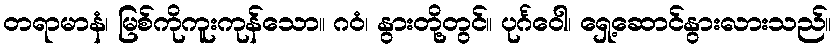
တရာမာနံ၊ မြစ်ကိုကူးကုန်သော။ ဂဝံ၊ နွားတို့တွင်။ ပုင်္ဂဝေါ၊ ရှေ့ဆောင်နွားလားသည်။